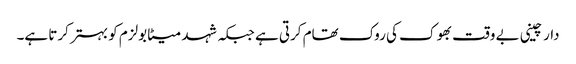
دار چینی بے وقت بھوک کی روک تھام کرتی ہے جبکہ شہد میٹابولزم کو بہتر کرتا ہے۔